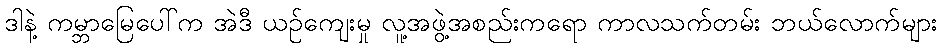
ဒါနဲ့ ကမ္ဘာမြေပေါ်က အဲဒီ ယဉ်ကျေးမှု လူ့အဖွဲ့အစည်းကရော ကာလသက်တမ်း ဘယ်လောက်များ